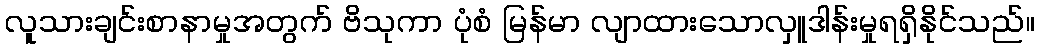
လူသားချင်းစာနာမှုအတွက် ဗိသုကာ ပုံစံ မြန်မာ လျာထားသောလှူဒါန်းမှုရရှိနိုင်သည်။